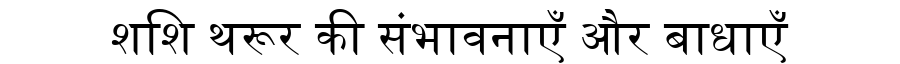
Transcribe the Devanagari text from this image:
शशि थरूर की संभावनाएँ और बाधाएँ